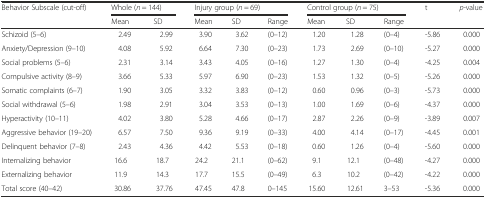
<table><thead><tr><td rowspan="2"><b>Behavior Subscale (cut-off)</b></td><td colspan="2"><b>Whole (<i>n</i> = 144)</b></td><td colspan="3"><b>Injury group (<i>n</i> = 69)</b></td><td colspan="3"><b>Control group (<i>n</i> = 75)</b></td><td rowspan="2"><b>t</b></td><td rowspan="2"><b><i>p-</i>value</b></td></tr><tr><td><b>Mean</b></td><td><b>SD</b></td><td><b>Mean</b></td><td><b>SD</b></td><td><b>Range</b></td><td><b>Mean</b></td><td><b>SD</b></td><td><b>Range</b></td></tr></thead><tbody><tr><td>Schizoid (5–6)</td><td>2.49</td><td>2.99</td><td>3.90</td><td>3.62</td><td>(0–12)</td><td>1.20</td><td>1.28</td><td>(0–4)</td><td>-5.86</td><td>0.000</td></tr><tr><td>Anxiety/Depression (9–10)</td><td>4.08</td><td>5.92</td><td>6.64</td><td>7.30</td><td>(0–23)</td><td>1.73</td><td>2.69</td><td>(0–10)</td><td>-5.27</td><td>0.000</td></tr><tr><td>Social problems (5–6)</td><td>2.31</td><td>3.14</td><td>3.43</td><td>4.05</td><td>(0–16)</td><td>1.27</td><td>1.30</td><td>(0–4)</td><td>-4.25</td><td>0.004</td></tr><tr><td>Compulsive activity (8–9)</td><td>3.66</td><td>5.33</td><td>5.97</td><td>6.90</td><td>(0–23)</td><td>1.53</td><td>1.32</td><td>(0–5)</td><td>-5.26</td><td>0.000</td></tr><tr><td>Somatic complaints (6–7)</td><td>1.90</td><td>3.05</td><td>3.32</td><td>3.83</td><td>(0–12)</td><td>0.60</td><td>0.96</td><td>(0–3)</td><td>-5.73</td><td>0.000</td></tr><tr><td>Social withdrawal (5–6)</td><td>1.98</td><td>2.91</td><td>3.04</td><td>3.53</td><td>(0–13)</td><td>1.00</td><td>1.69</td><td>(0–6)</td><td>-4.37</td><td>0.000</td></tr><tr><td>Hyperactivity (10–11)</td><td>4.02</td><td>3.80</td><td>5.28</td><td>4.66</td><td>(0–17)</td><td>2.87</td><td>2.26</td><td>(0–9)</td><td>-3.89</td><td>0.007</td></tr><tr><td>Aggressive behavior (19–20)</td><td>6.57</td><td>7.50</td><td>9.36</td><td>9.19</td><td>(0–33)</td><td>4.00</td><td>4.14</td><td>(0–17)</td><td>-4.45</td><td>0.001</td></tr><tr><td>Delinquent behavior (7–8)</td><td>2.43</td><td>4.36</td><td>4.42</td><td>5.53</td><td>(0–18)</td><td>0.60</td><td>1.26</td><td>(0–4)</td><td>-5.60</td><td>0.000</td></tr><tr><td>Internalizing behavior</td><td>16.6</td><td>18.7</td><td>24.2</td><td>21.1</td><td>(0–62)</td><td>9.1</td><td>12.1</td><td>(0–48)</td><td>-4.27</td><td>0.000</td></tr><tr><td>Externalizing behavior</td><td>11.9</td><td>14.3</td><td>17.7</td><td>15.5</td><td>(0–49)</td><td>6.3</td><td>10.2</td><td>(0–42)</td><td>-4.22</td><td>0.000</td></tr><tr><td>Total score (40–42)</td><td>30.86</td><td>37.76</td><td>47.45</td><td>47.8</td><td>0–145</td><td>15.60</td><td>12.61</td><td>3–53</td><td>-5.36</td><td>0.000</td></tr></tbody></table>